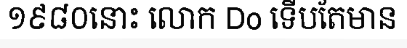
១៩៨០នោះ លោក Do ទើបតែមាន